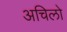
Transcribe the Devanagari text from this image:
अचिलो